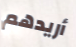
أريدهم